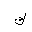
Letter: _kaf